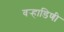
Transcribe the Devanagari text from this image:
वर्‍हाडिणी